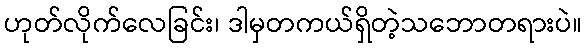
ဟုတ်လိုက်လေခြင်း၊ ဒါမှတကယ်ရှိတဲ့သဘောတရားပဲ။